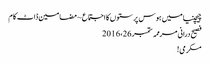
چیچنیا میں ہوس پرستوں کا اجتماع ~ مضامین ڈاٹ کام
فصیح درانی مرممہ ستمبر 26، 2016
مکرمی!